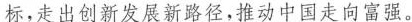
标，走出创新发展新路径，推动中国走向富强。